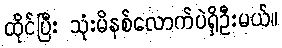
ထိုင်ပြီး သုံးမိနစ်လောက်ပဲရှိဦးမယ်။